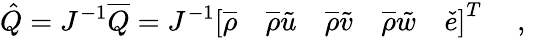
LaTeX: \hat{Q}=J^{-1}\overline{{Q}}=J^{-1}\left[\overline{{\rho}}\quad\overline{{\rho}}\tilde{u}\quad\overline{{\rho}}\tilde{v}\quad\overline{{\rho}}\tilde{w}\quad\check{e}\right]^{T}\quad\mathrm{~,~}